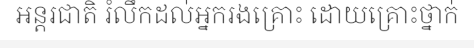
អន្តរជាតិ រំលឹកដល់អ្នករងគ្រោះ ដោយគ្រោះថ្នាក់